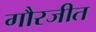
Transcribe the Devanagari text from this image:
गौरजीत